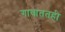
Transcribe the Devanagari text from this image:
गावाततही